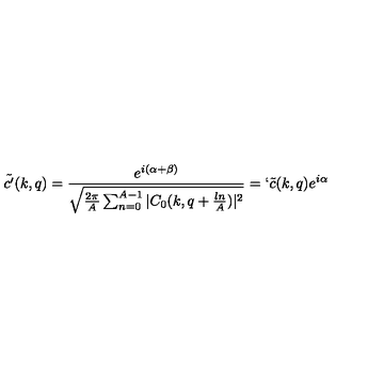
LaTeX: \tilde { c ^ { \prime } } ( k , q ) = \frac { e ^ { i ( \alpha + \beta ) } } { \sqrt { \frac { 2 \pi } { A } \sum _ { n = 0 } ^ { A - 1 } | C _ { 0 } ( k , q + \frac { l n } { A } ) | ^ { 2 } } } = ` \tilde { c } ( k , q ) e ^ { i \alpha }